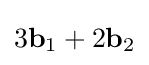
3\mathbf {b} _{1}+2\mathbf {b} _{2}